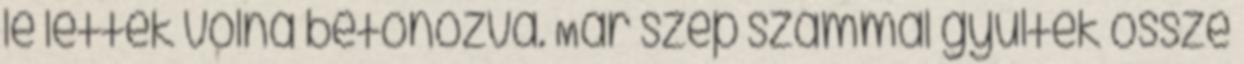
le lettek volna betonozva. Már szép számmal gyűltek össze